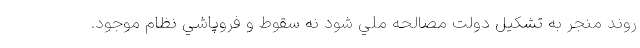
روند منجر به تشكيل دولت مصالحه ملي شود نه سقوط و فروپاشي نظام موجود.